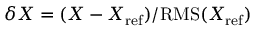
\delta X = ( X - X _ { \mathrm { r e f } } ) / \mathrm { R M S } ( X _ { \mathrm { r e f } } )